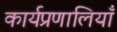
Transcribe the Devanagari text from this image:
कार्यप्रणालियाँ